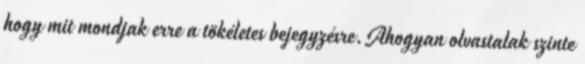
hogy mit mondjak erre a tökéletes bejegyzésre.Ahogyan olvastalak szinte